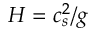
H = c _ { s } ^ { 2 } / g